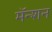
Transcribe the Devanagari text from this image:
मॅन्शन